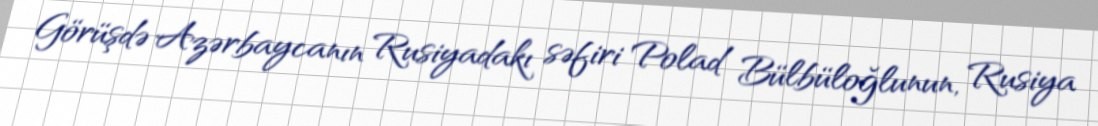
Görüşdə Azərbaycanın Rusiyadakı səfiri Polad Bülbüloğlunun, Rusiya